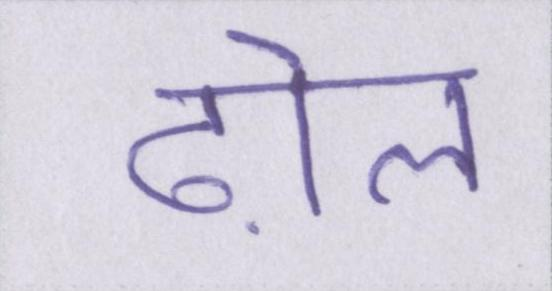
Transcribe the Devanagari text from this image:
ढ़ोल